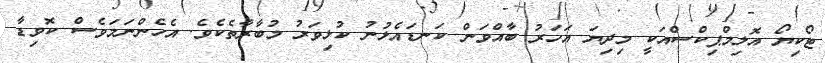
ޓޯކިޔޯ އޮލިމްޕިކްސްއަކީ މިދިޔަ އަހަރު ބާއްވަން ކަނޑައެޅުނު ކުޅިވަރު މުބާރާތެކެވެ. އެހެންނަމަވެސް ކޮވިޑާ